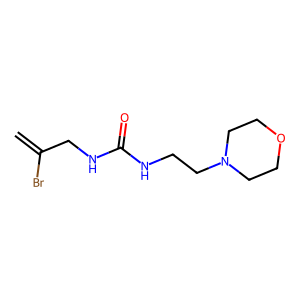
SMILES: C=C(Br)CNC(=O)NCCN1CCOCC1
Inhibits HIV replication: No